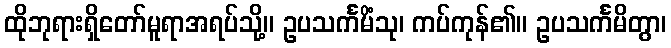
ထိုဘုရားရှိတော်မူရာအရပ်သို့။ ဥပသင်္ကမိံသု၊ ကပ်ကုန်၏။ ဥပသင်္ကမိတွာ၊